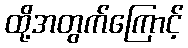
ထို့အတွက်ကြောင့်